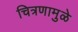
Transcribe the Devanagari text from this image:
चित्रणामुळे